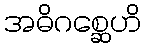
အဓိဂစ္ဆေဟိ